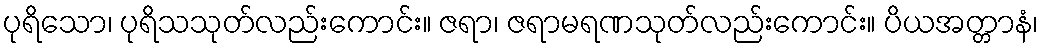
ပုရိသော၊ ပုရိသသုတ်လည်းကောင်း။ ဇရာ၊ ဇရာမရဏသုတ်လည်းကောင်း။ ပိယအတ္တာနံ၊